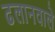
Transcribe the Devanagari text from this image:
ढलानवाले